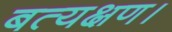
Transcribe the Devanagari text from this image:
बत्यक्षण।